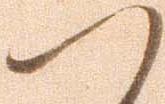
つ